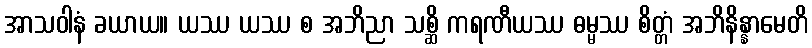
အာသဝါနံ ခယာယ။ ယဿ ယဿ စ အဘိညာ သစ္ဆိ ကရဏီယဿ ဓမ္မဿ စိတ္တံ အဘိနိန္နာမေတိ